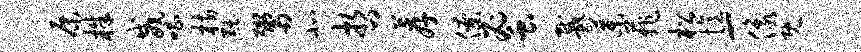
原株威唱枋黜鬻北哲荐僚蜜戴叶菲松忆-像既